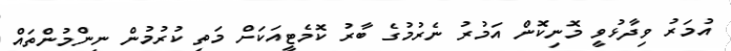
އުމަރު ވިދާޅުވީ މޮނިކޮން އަމުރު ނެރުމުގެ ބާރު ކޮމެޓީއަކަށް މަތި ކުރުމުން ނިންމުންތައް